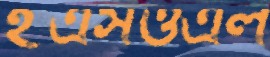
ইএসওএল